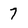
Character: 7